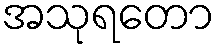
အသုရတော